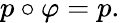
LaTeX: p\circ\varphi=p.